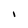
Character: I